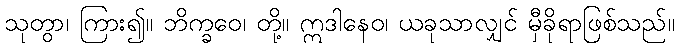
သုတွာ၊ ကြား၍။ ဘိက္ခဝေ၊ တို့။ ဣဒါနေဝ၊ ယခုသာလျှင် မှီခိုရာဖြစ်သည်။